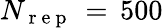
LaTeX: N_{\mathrm{~r~e~p~}}\, =\, 500